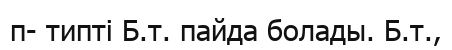
п- типті Б.т. пайда болады. Б.т.,